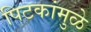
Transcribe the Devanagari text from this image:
पिटकांमुळे